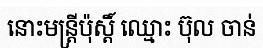
នោះមន្ត្រីប៉ុស្តិ៍ ឈ្មោះ ប៊ុល ចាន់